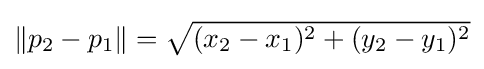
{\textstyle \|p_{2}-p_{1}\|={\sqrt {(x_{2}-x_{1})^{2}+(y_{2}-y_{1})^{2}}}}